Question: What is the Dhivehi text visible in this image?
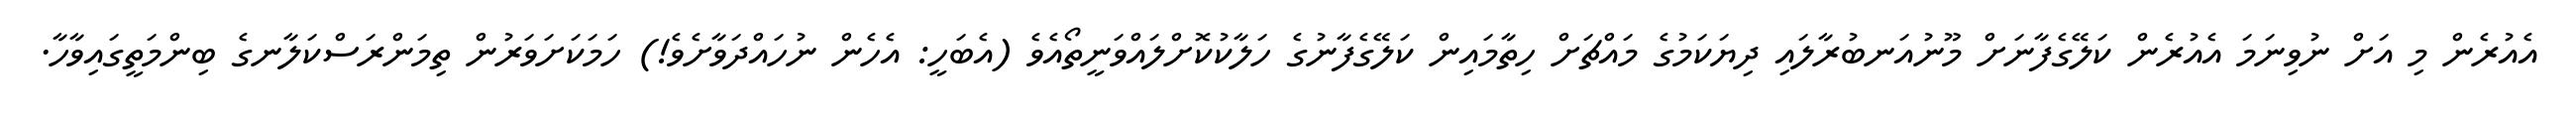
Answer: އެއުރެން މި އަށް ނުވިނަމަ އެއުރެން ކަލޭގެފާނަށް މޫނުއަނބުރާލައި ދިޔަކަމުގެ މައްޗަށް ހިތާމައިން ކަލޭގެފާނުގެ ހަލާކުކޮށްލައްވަނީތޯއެވެ (އެބަހީ: އެހެން ނުހައްދަވާށެވެ!) ހަމަކަށަވަރުން ތިމަންރަސްކަލާނގެ ބިންމަތީގައިވާހާ.